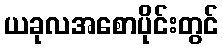
ယခုလအစောပိုင်းတွင်